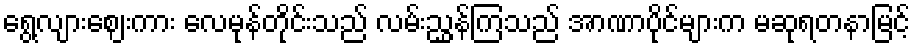
ရွေ့လျားဈေးကား လေမုန်တိုင်းသည် လမ်းညွှန်ကြသည် အာဏာပိုင်များက မဆုရတနာမြင့်